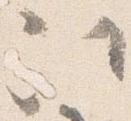
次